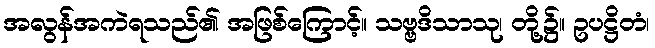
အလွန်အကဲရသည်၏ အဖြစ်ကြောင့်။ သဗ္ဗဒိသာသု၊ တို့၌။ ဥပဋ္ဌိတံ၊